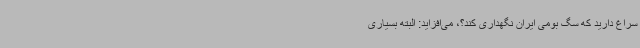
سراغ دارید که سگ بومی ایران نگهداری کند؟، می‌افزاید: البته بسیاری